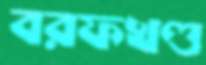
বরফখণ্ড